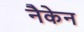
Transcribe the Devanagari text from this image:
नैकेन